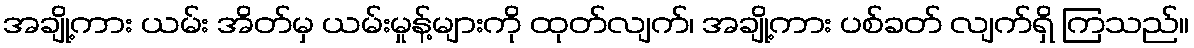
အချို့ကား ယမ်း အိတ်မှ ယမ်းမှုန့်များကို ထုတ်လျက်၊ အချို့ကား ပစ်ခတ် လျက်ရှိ ကြသည်။